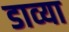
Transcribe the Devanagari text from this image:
डाव्‍या